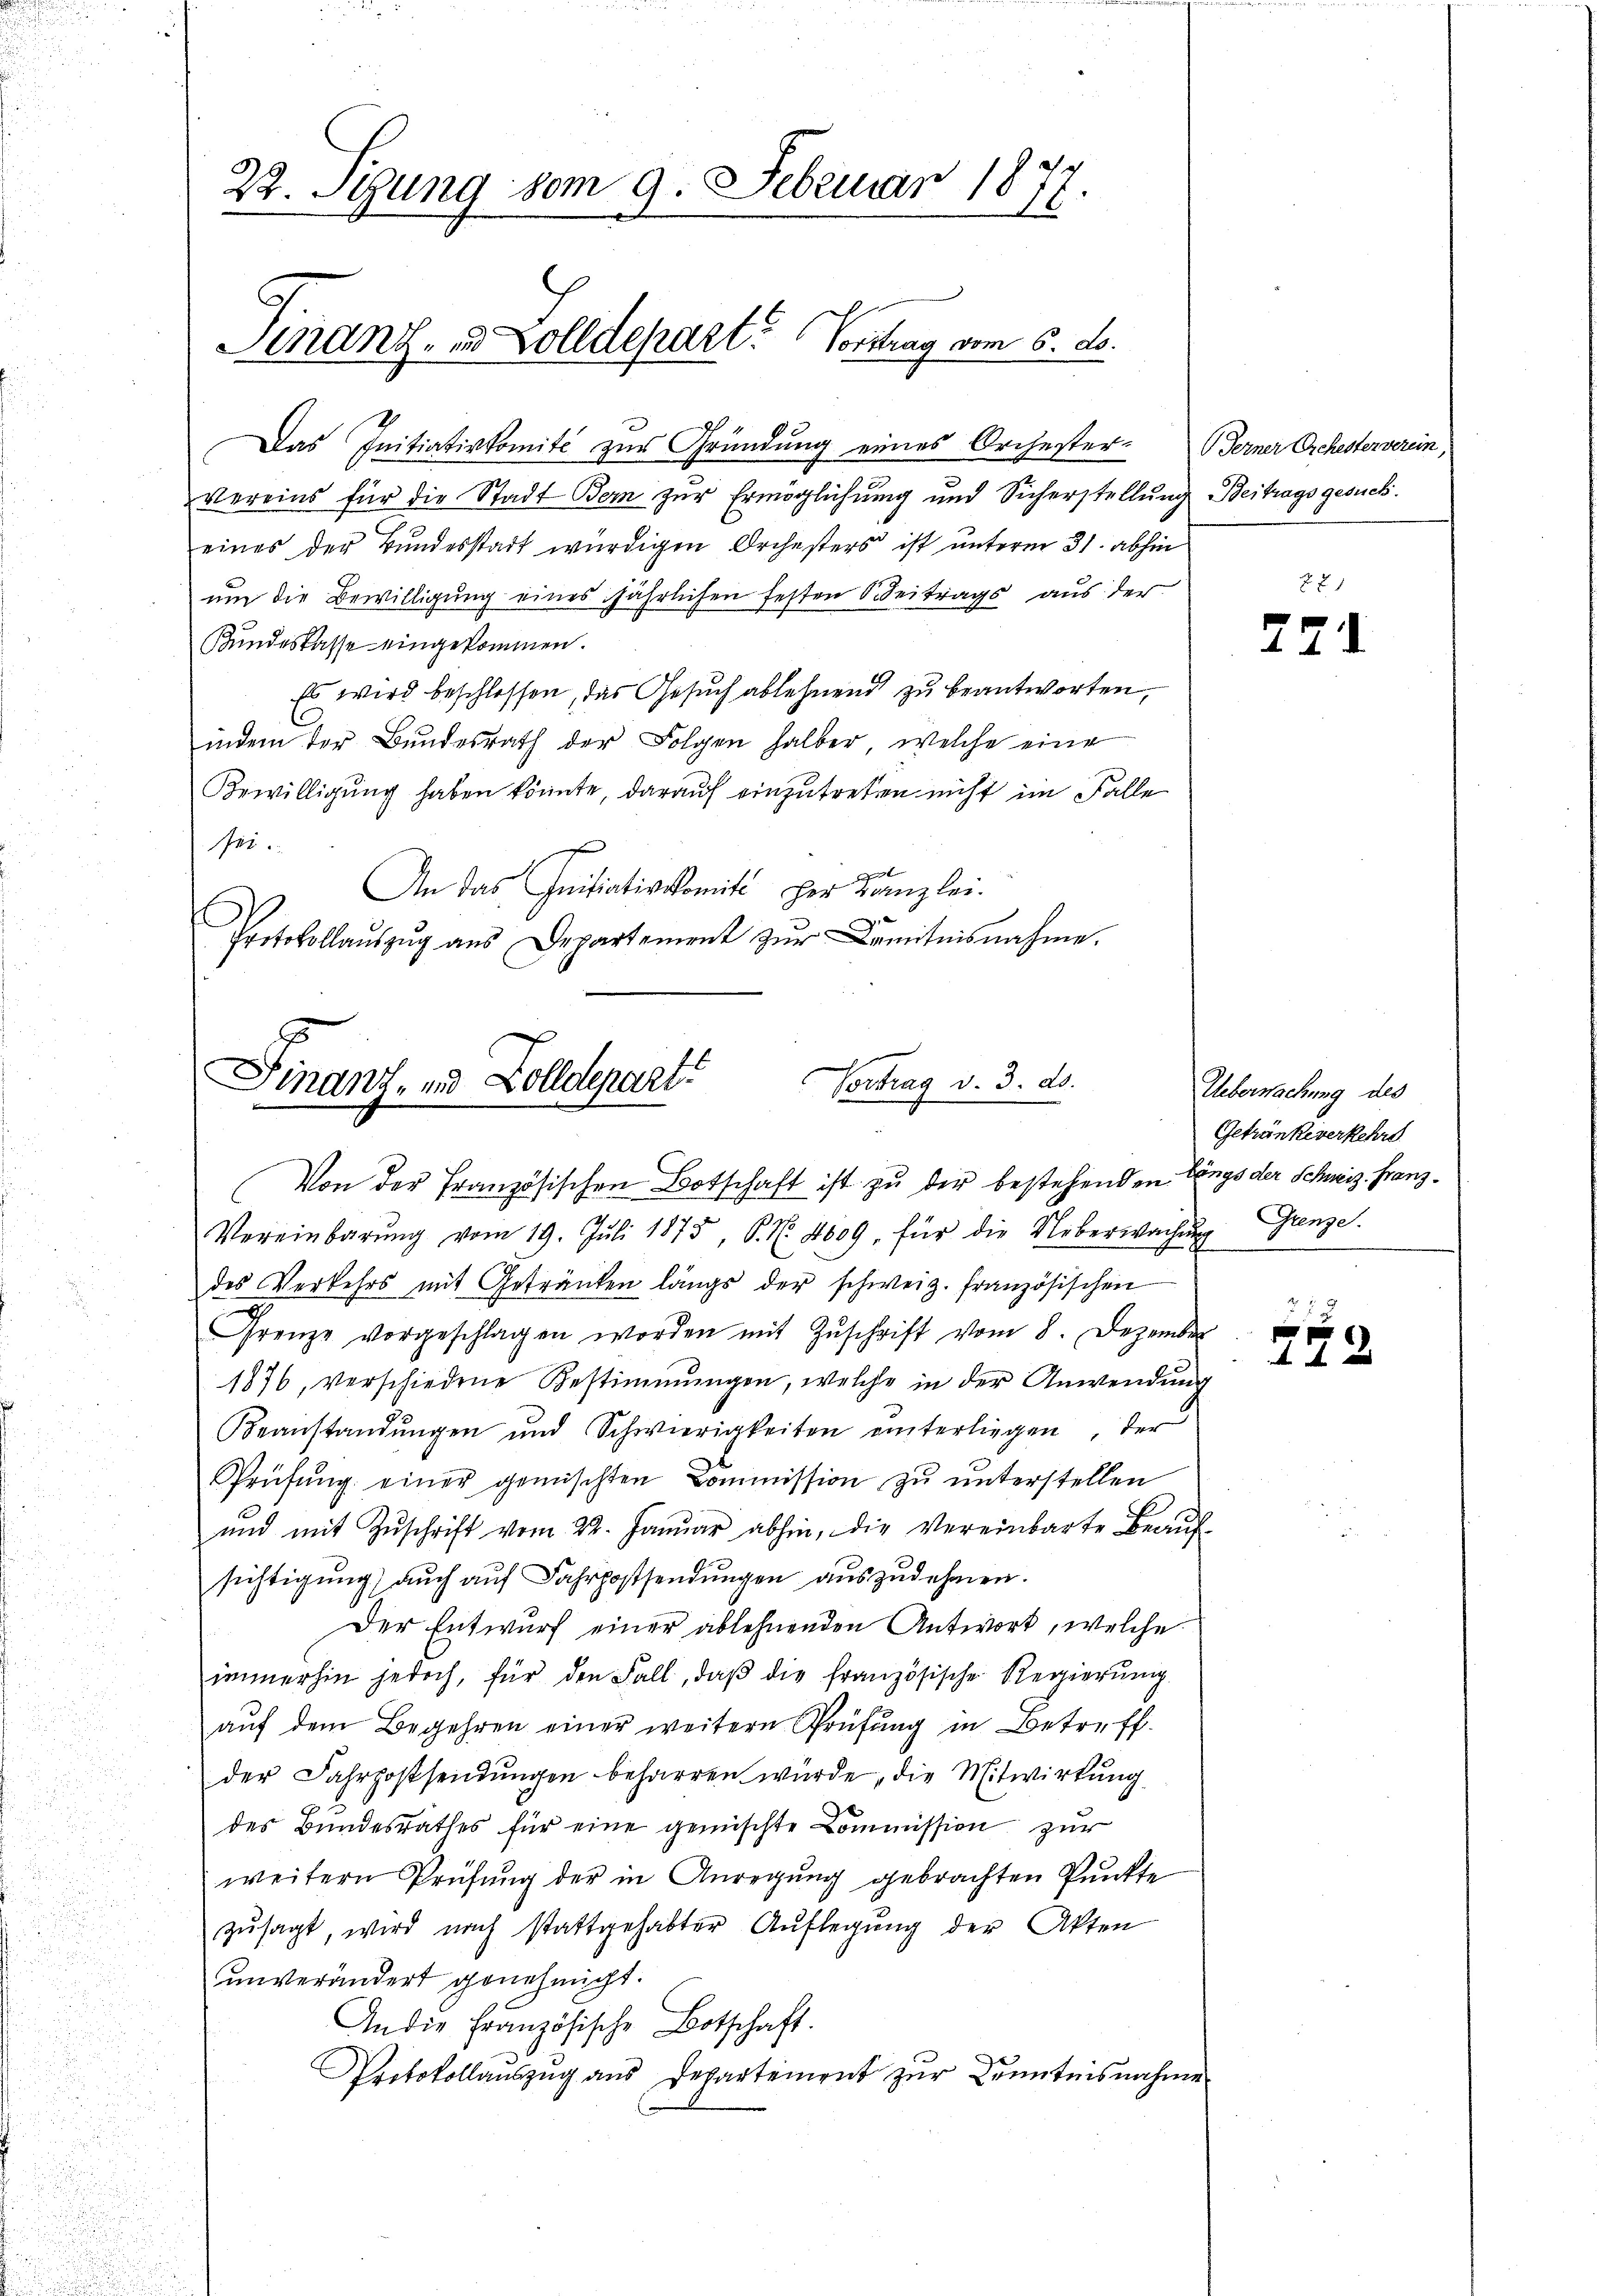
22. Stung vom 9. Februar 1877.

Finanz- u. Zolldepart? Vortrag vom 6. d.

Das Initiativkomité zur Gründung eines Orchester- Berner Orchesterverein,
vereins für die Stadt Bern zur Ermöglichung und Sicherstellung Beitragsgesuch.
eines der Bundesstadt würdigen Orchesters ist unterm 31. abhin
um die Bewilligung eines jährlichen festen S. Beitrags aus der
Kundeskasse eingekommen.
Es wird beschlossen, das Gesuch ablehnend zu beantworten,
indem der Bundesrath der Folgen halber, welche eine
Bewilligung haben könnte, darauf einzutreten nicht im Falle
741.
An das Initiativkomit der Kanzlei.
Protokollaŭszŭg aŭs Departement zŭr Kenntnisnahme.

Finanz, und Zolldepart
Vortrag v. 3. ds.

Von der Französischen Botschaft ist zu der bestehenden Längs der Schweiz. Franz¬
Vereinbarŭng vom 19. Jŭli 1875, P. N. 4609, für die Ueberwachŭng Grenze.
des Verkehrs mit Getränken längs der schweiz. französischen
Frenze vorgeschlagen worden mit Zuschrift vom 8. Dezember
1876, verschiedene Bestimmungen, welche in der Anwendung
Beanstandŭngen und Schwierigkeiten einterliegen, der
Prüfŭng einer gemischten Commission zu unterstellen
ŭnd mit Zŭschrift vom 22. Janŭar abhin, die Vereinbarte Beaŭf-
sichtigung auch auf Fahrpostsendungen auszudehnen.
Der Entwurf einer ablehnenden Antwort, welche
immerhin jedoch, für den Fall, daβ die französische Regierŭng
aŭf dem Begehren einer weitern Prüfung in Betreff
der Fahrpostsendungen beharren wurde, die Mitwirkung
des Bŭndesrathes für eine gemischte Commission zur
weitern Prüfung der in Anregung gebrachten Punkte
zŭsagt, wird nach stattgehabter Auflegung der Akten
unverändert genehmigt.
An die Französische Botschaft.
Protokollauszug aus Departement zur Kenntnisnahme

271

Ueberwachung des
Getränke verkehre

2 x
f
44 x